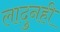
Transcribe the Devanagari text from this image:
लादुनही